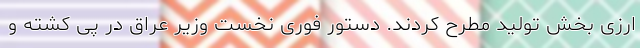
ارزی بخش تولید مطرح کردند. دستور فوری نخست وزیر عراق در پی کشته و